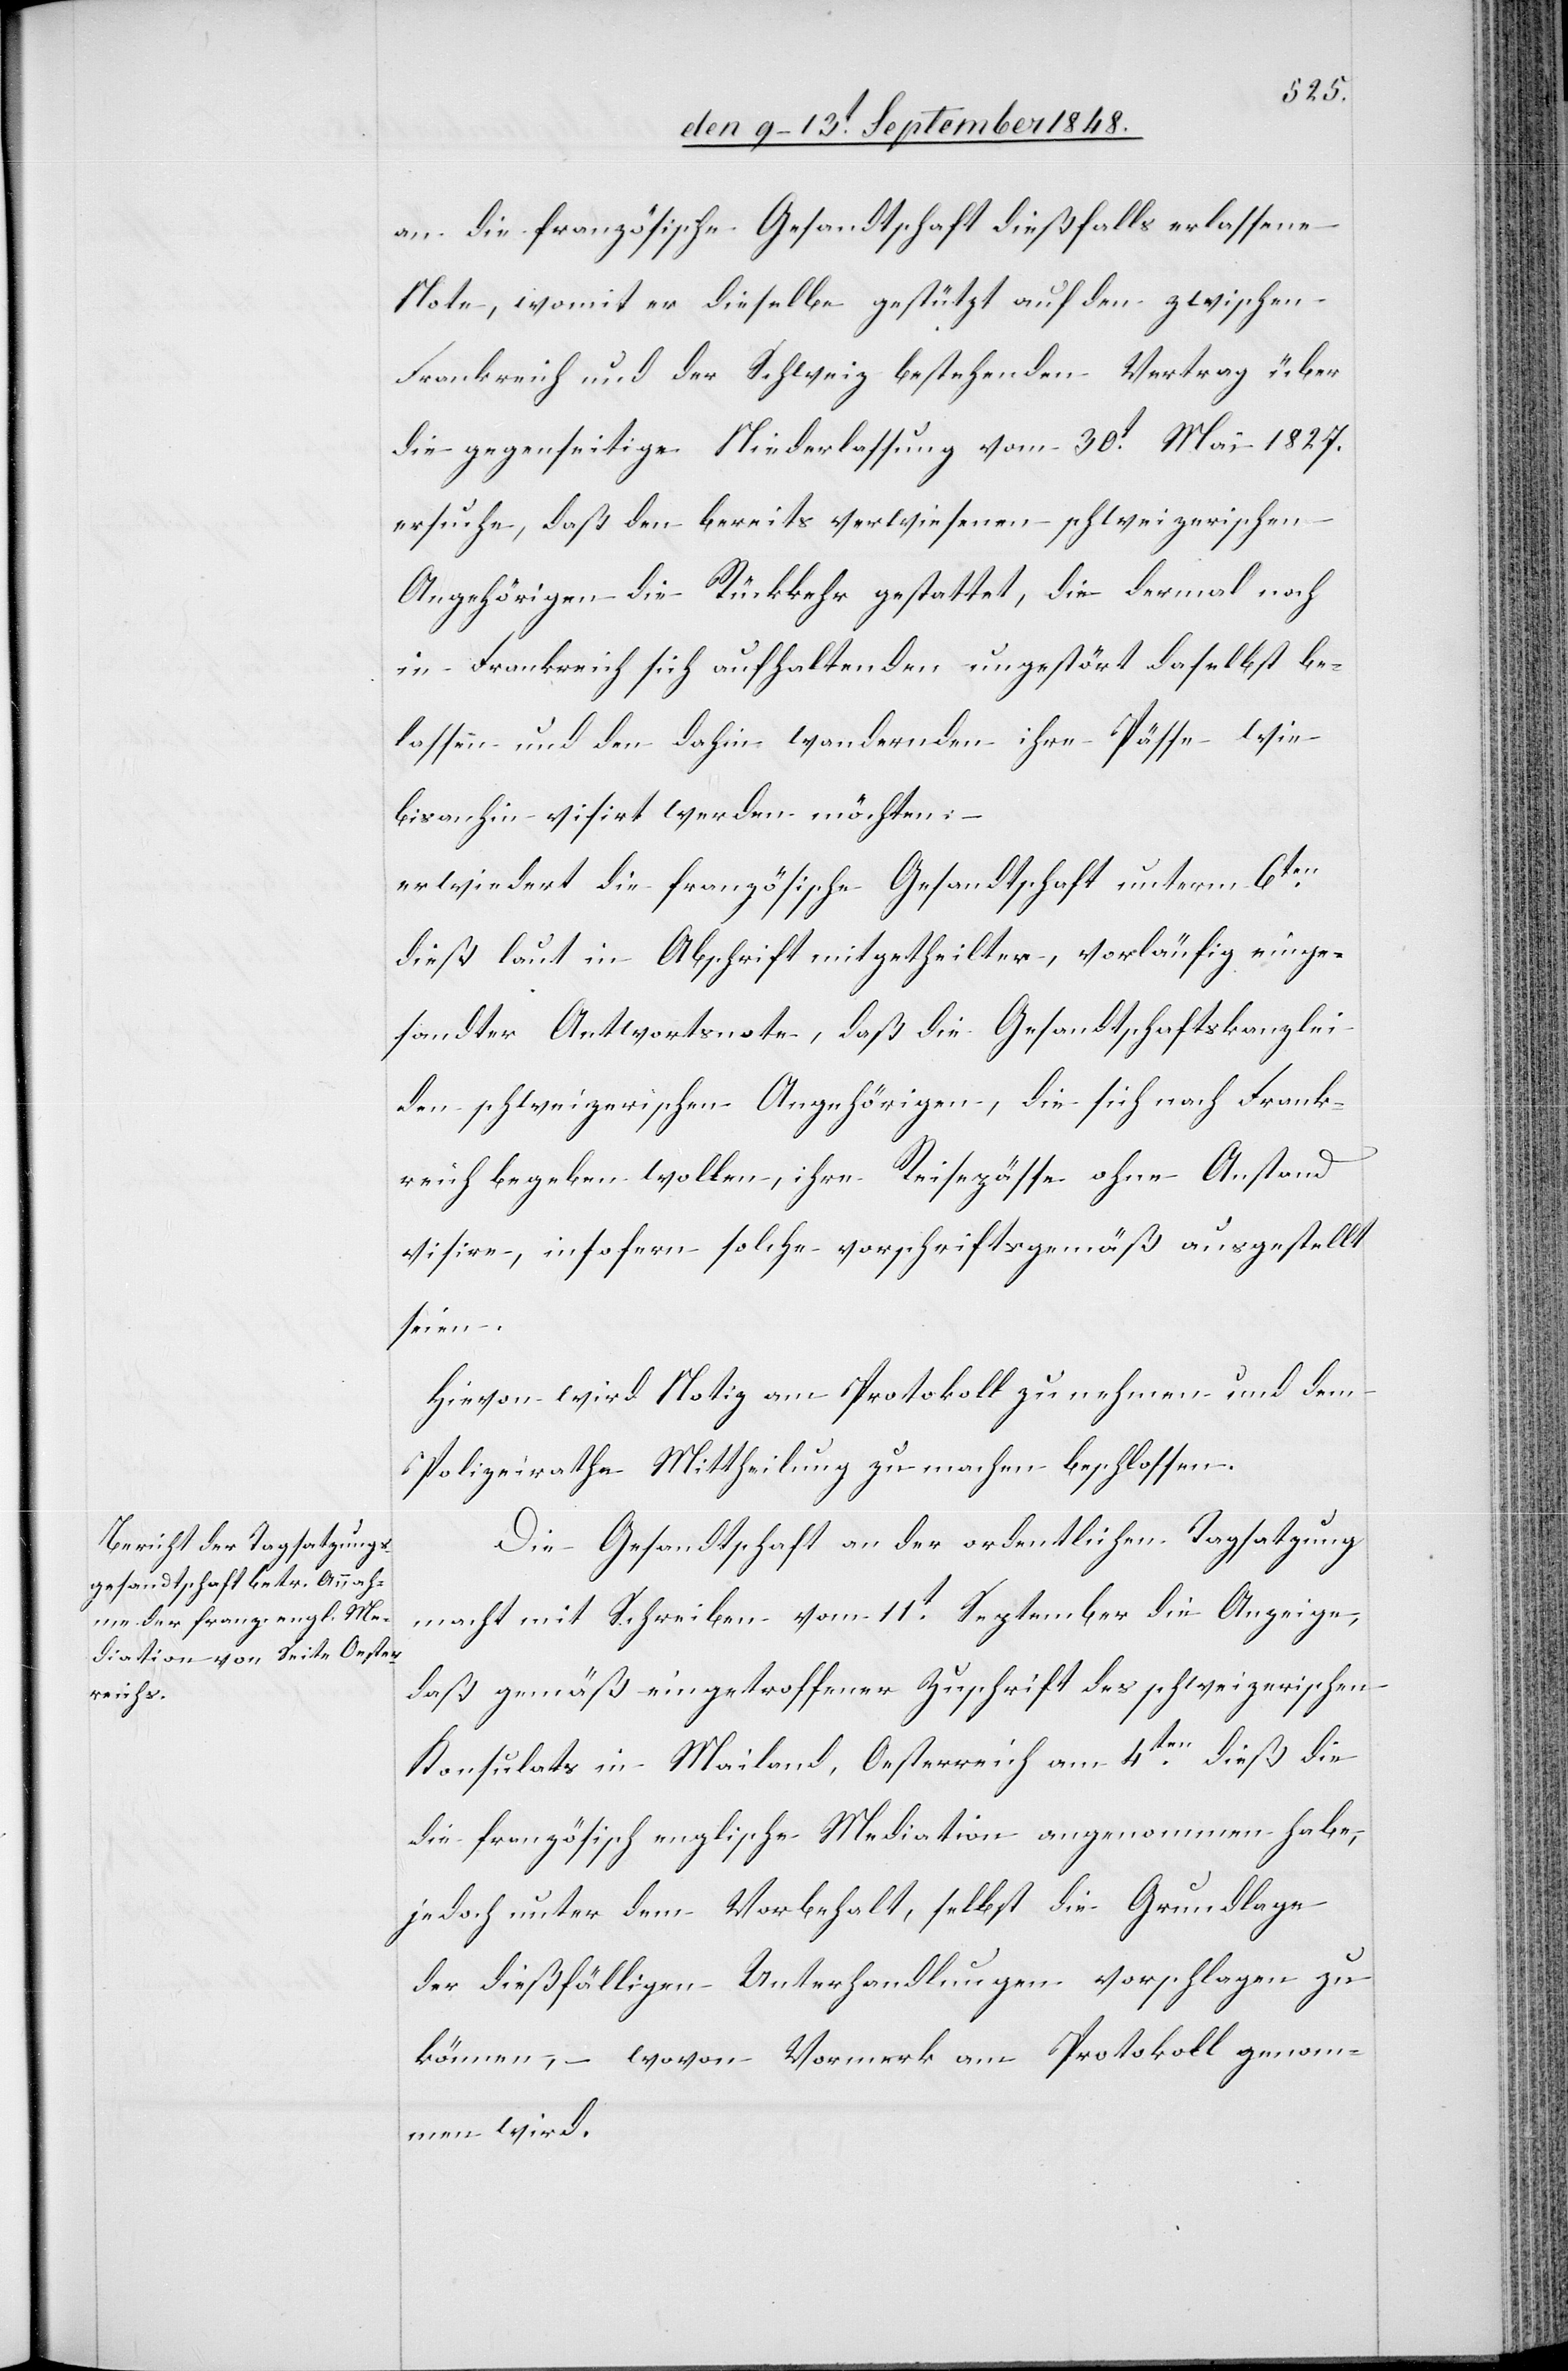
den 13t September 1848.]
an die französische Gesandtschaft dießfalls erlassene
Note, womit er dieselbe gestützt auf den zwischen
Frankreich und der Schweiz bestehenden Vertrag über
die gegenseitige Niederlassung vom 30t Mai 1827.
ersuche, daß den bereits verwiesenen schweizerischen
Angehörigen die Rückkehr gestattet, die dermal noch
in Frankreich sich aufhaltenden ungestört daselbst be¬
lassen und den dahin wandernden ihre Pässe wie
bisanhin visirt werden möchten;
erwiedert die französische Gesandtschaft unterm 6ten
dieß laut in Abschrift mitgetheilte, vorläufig einge¬
sandter Antwortsnote, daß die Gesandtschaftskanzlei
den schweizerischen Angehörigen, die sich nach Frank¬
reich begeben wollen, ihre Reisepässe ohne Anstand
visire, insofern solche vorschriftsgemäß ausgestellt
seien.
Hievon wird Notiz am Protokoll zu nehmen und dem
Polizeirathe Mittheilung zu machen beschlossen.
Die Gesandtschaft an der ordentlichen Tagsatzung
macht mit Schreiben vom 11t September die Anzeige,
daß gemäß eingetroffener Zuschrift des schweizerischen
Konsulats in Mailand, Oesterreich am 4ten dieß die
französisch englische Mediation angenommen habe,
jedoch unter dem Vorbehalt, selbst die Grundalge
der dießfälligen Unterhandlungen vorschlagen zu
können, – wovon Vormerk am Protokoll genom¬
men wird.